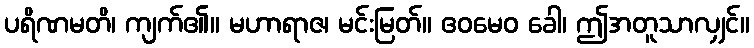
ပရိဏမတိ၊ ကျက်၏။ မဟာရာဇ၊ မင်းမြတ်။ ဧဝမေဝ ခေါ၊ ဤအတူသာလျှင်။